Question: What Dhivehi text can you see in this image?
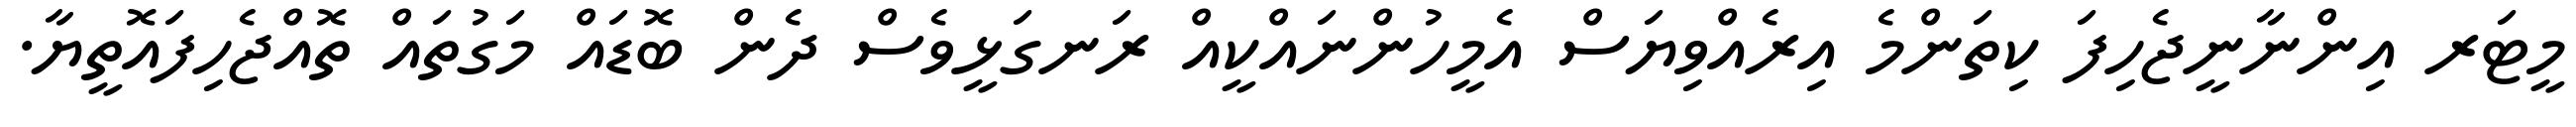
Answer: މީޓަރ އިންނާނީޖެހިފަ ކިތަންމެ އިރެއްވިޔަސް އެމީހުންނައްކީއް ރަނގަޅީވެސް ދެން ބޮޑައް މަގުތައް ތޮއްޖެހިފައޮތީޔާ.